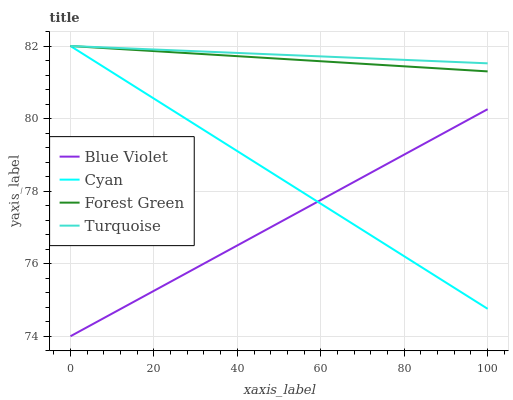
| xaxis_label | Blue Violet | Cyan | Forest Green | Turquoise |
 | --- | --- | --- | --- | --- |
 | 0 | 74 | 82 | 82 | 82 |
 | 6.25 | 74.4 | 81.5 | 82 | 82 |
 | 12.5 | 74.8 | 81.1 | 81.9 | 81.9 |
 | 18.8 | 75.2 | 80.6 | 81.9 | 81.9 |
 | 25 | 75.6 | 80.2 | 81.8 | 81.9 |
 | 31.2 | 76 | 79.7 | 81.8 | 81.9 |
 | 37.5 | 76.3 | 79.3 | 81.7 | 81.8 |
 | 43.8 | 76.7 | 78.8 | 81.7 | 81.8 |
 | 50 | 77.1 | 78.4 | 81.7 | 81.8 |
 | 56.2 | 77.5 | 77.9 | 81.6 | 81.7 |
 | 62.5 | 77.9 | 77.5 | 81.6 | 81.7 |
 | 68.8 | 78.3 | 77 | 81.5 | 81.7 |
 | 75 | 78.7 | 76.6 | 81.5 | 81.6 |
 | 81.2 | 79.1 | 76.1 | 81.4 | 81.6 |
 | 87.5 | 79.5 | 75.7 | 81.4 | 81.6 |
 | 93.8 | 79.9 | 75.2 | 81.3 | 81.6 |
 | 100 | 80.3 | 74.8 | 81.3 | 81.5 |